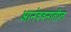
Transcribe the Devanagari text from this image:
आनंदवनातील